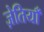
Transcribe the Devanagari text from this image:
ज़ेतियाँ